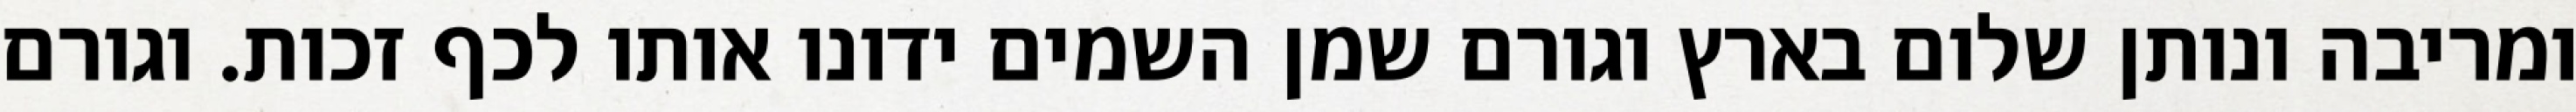
ומריבה ונותן שלום בארץ וגורם שמן השמים ידונו אותו לכף זכות. וגורם